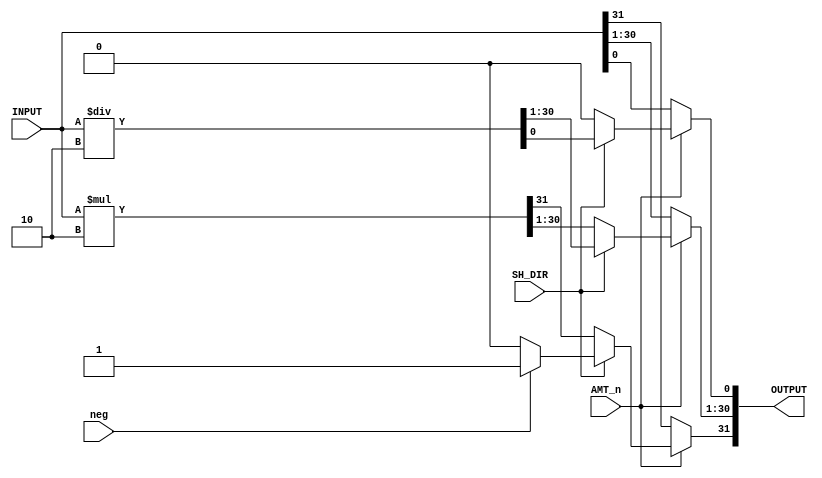
`timescale 1 ns/1 ns

module Shifter_1_Bit(SH_DIR, AMT_n, INPUT, OUTPUT, neg);

   input SH_DIR;
   input AMT_n;
   input neg;
   input [31:0] INPUT;
   output reg [31:0] OUTPUT;

   always @* begin
   	if(AMT_n == 1)begin 	
		if(SH_DIR == 1) begin       
			OUTPUT <= INPUT / (2**1);    
			if(neg == 1) OUTPUT[31] <= 1;  
			else OUTPUT[31] <= 0;          
		end
		else begin                   
			OUTPUT <= INPUT * (2**1);    
			OUTPUT[0] <= 0;        
		end
   	end
	else begin
		OUTPUT <= INPUT;
	end
   end
   
endmodule